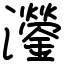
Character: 灐